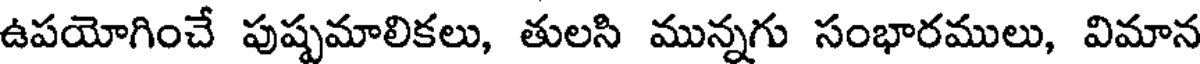
ఉపయోగించే పుష్పమాలికలు, తులసి మున్నగు సంభారములు, విమాన